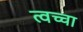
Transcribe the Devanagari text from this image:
त्वच्चा